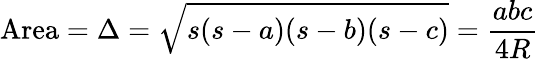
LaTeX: {\mathrm{Area}}=\Delta={\sqrt{s(s-a)(s-b)(s-c)}}={\frac{abc}{4R}}